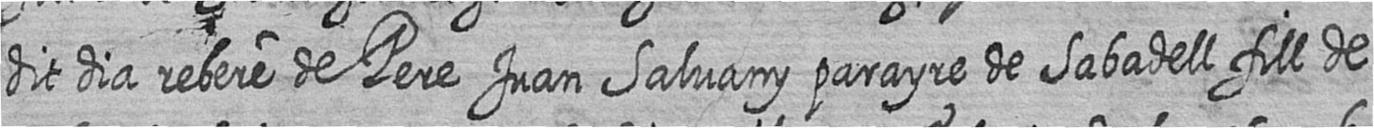
dit dia rebere de Pere Juan Salvany parayre de Sabadell fill de